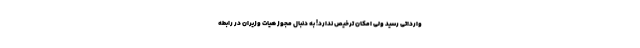
وارداتی رسید ولی امکان ترخیص ندارد! به دنبال مجوز هیات وزیران در رابطه